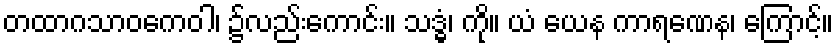
တထာဂသာဝကေဝါ၊ ၌လည်းကောင်း။ သဒ္ဓံ၊ ကို။ ယံ ယေန ကာရဏေန၊ ကြောင့်။